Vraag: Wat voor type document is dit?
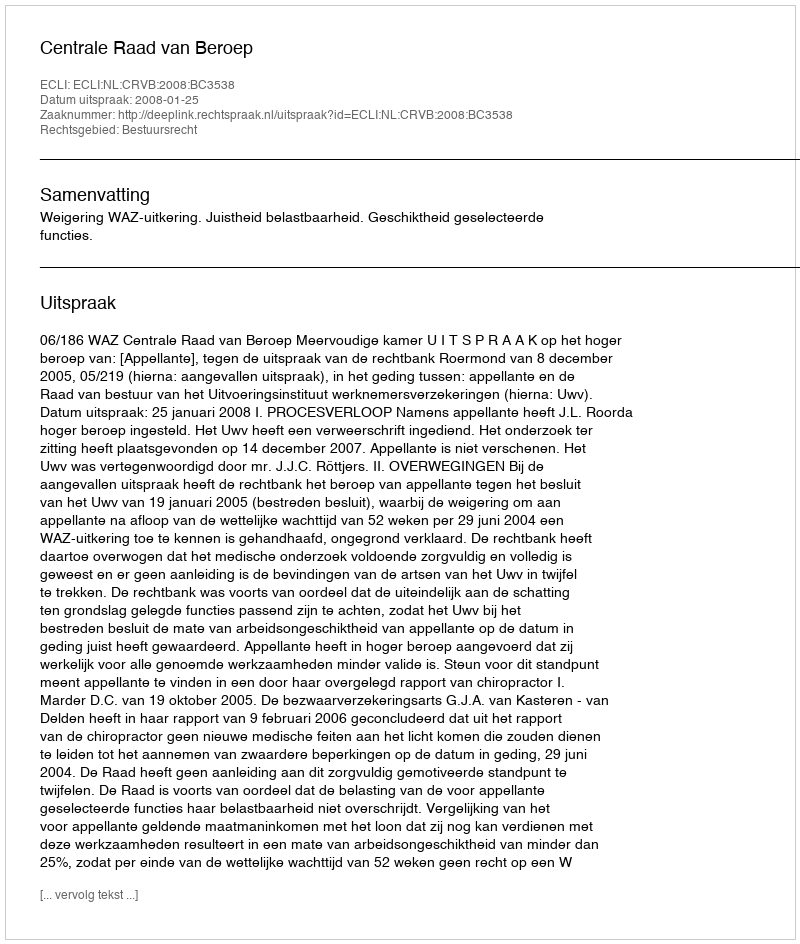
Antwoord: Uitspraak